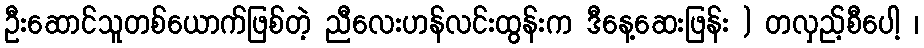
ဦးဆောင်သူတစ်ယောက်ဖြစ်တဲ့ ညီလေးဟန်လင်းထွန်းက ဒီနေ့ဆေးဖြန်း ) တလှည့်စီပေါ့ ၊